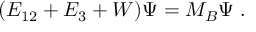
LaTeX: ( E _ { 1 2 } + E _ { 3 } + W ) \Psi = M _ { B } \Psi \; .